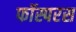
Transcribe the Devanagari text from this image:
फॉस्परस